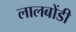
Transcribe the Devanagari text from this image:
लालबोंडी